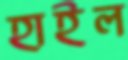
হাইল